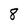
Character: 8